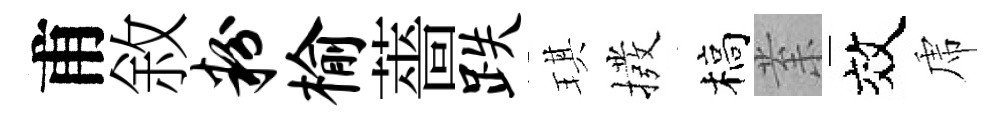
甫敘粉榆薔跌琪撥槁𭪙效虎